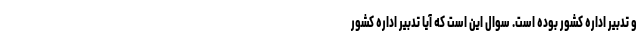
و تدبیر اداره کشور بوده است. سوال این است که آیا تدبیر اداره کشور